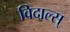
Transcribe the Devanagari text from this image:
विदाल्स्